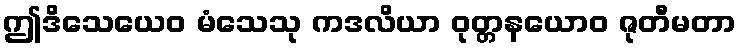
ဤဒိသေယေဝ မံသေသု ကဒလိယာ ဝုတ္တနယောဝ ဇုတီမတာ